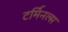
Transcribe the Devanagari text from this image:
टर्मिनल्‍स